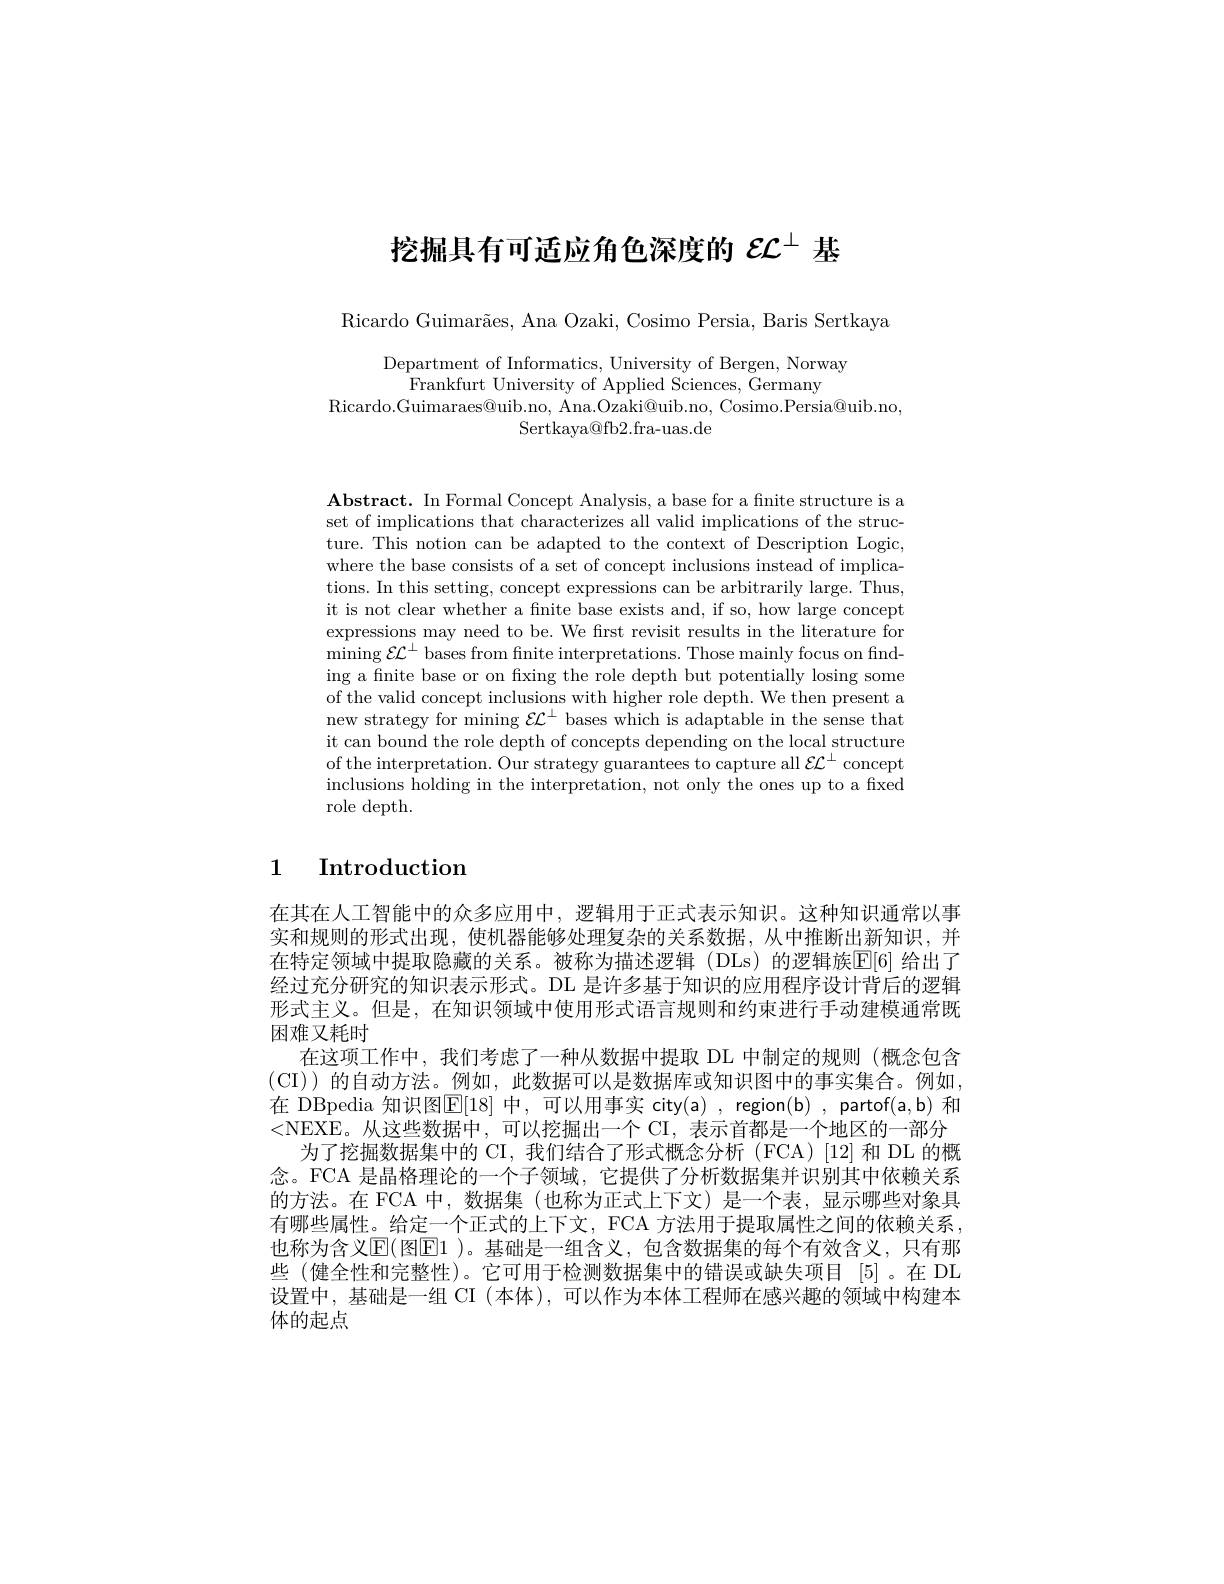
# 挖掘具有可适应角色深度的$\mathcal{E}\mathcal{L}^\perp$基

Ricardo Guimarães, Ana Ozaki, Cosimo Persia, Baris Sertkaya

Department of Informatics, University of Bergen, Norway
Frankfurt University of Applied Sciences, Germany
Ricardo.Guimaraes@uib.no, Ana.Ozaki@uib.no, Cosimo.Persia@uib.no,
Sertkaya@ fb2. fra- uas. de

$\textbf{Abstract. In Formal Concept Analysis, a base for a finite structure is a}$ set of implications that characterizes all valid implications of the structure. This notion can be adapted to the context of Description Logic, where the base consists of a set of concept inclusions instead of implications. In this setting, concept expressions can be arbitrarily large. Thus, it is not clear whether a fnite base exists and, if so, how large concept expressions may need to be. We first revisit results in the literature for ${\mathrm{mining~}\mathcal{E}}\mathcal{L}^{\perp}{\mathrm{~bases~from~fnite~interpretations.~Those~mainly~focus~on~find-~}}$ ing a finite base or on fixing the role depth but potentially losing some of the valid concept inclusions with higher role depth. We then present a new strategy for mining $\mathcal{E}\mathcal{L}^\perp$ bases which is adaptable in the sense that it can bound the role depth of concepts depending on the local structure of the interpretation. Our strategy guarantees to capture all $\mathcal{E}\mathcal{L}^\perp$ concept inclusions holding in the interpretation, not only the ones up to a fixed role depth.

# 1 Introduction

在其在人工智能中的众多应用中，逻辑用于正式表示知识。这种知识通常以事实和规则的形式出现，使机器能够处理复杂的关系数据，从中推断出新知识，并在特定领域中提取隐藏的关系。被称为描述逻辑(DLs)的逻辑族$\mathbb{E}[6]$ 给出了经过充分研究的知识表示形式。DL 是许多基于知识的应用程序设计背后的逻辑形式主义。但是，在知识领域中使用形式语言规则和约束进行手动建模通常既困难又耗时
在这项工作中，我们考虑了一种从数据中提取 DL 中制定的规则 (概念包含(CI) )的自动方法。例如，此数据可以是数据库或知识图中的事实集合。例如， 在 DBpedia 知识图$\mathsf{E}[18]$ 中，可以用事实 city(a) , region(b) , partof(a,b) 和<NEXE。从这些数据中，可以挖掘出一个 CI, 表示首都是一个地区的一部分
为了挖掘数据集中的 CI,我们结合了形式概念分析(FCA)[12]和 DL 的概念。FCA 是晶格理论的一个子领域，它提供了分析数据集并识别其中依赖关系的方法。在 FCA 中，数据集(也称为正式上下文)是一个表，显示哪些对象具有哪些属性。给定一个正式的上下文，FCA 方法用于提取属性之间的依赖关系， 也称为含义$\operatorname{E}($图$\operatorname{E}1$ )。基础是一组含义，包含数据集的每个有效含义，只有那些 (健全性和完整性)。它可用于检测数据集中的错误或缺失项目[5]。在 DL 设置中，基础是一组 CI (本体),可以作为本体工程师在感兴趣的领域中构建本体的起点